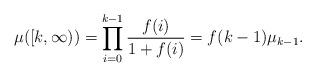
LaTeX: \begin{align*}\mu([k,\infty))= \prod_{i=0}^{k-1} \frac{f(i)}{1+f(i)}=f(k-1)\mu_{k-1} .\end{align*}